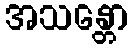
အသန္တော